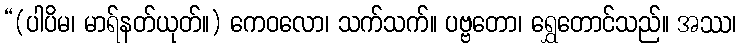
“(ပါပိမ၊ မာရ်နတ်ယုတ်။) ကေဝလော၊ သက်သက်။ ပဗ္ဗတော၊ ရွှေတောင်သည်။ အဿ၊